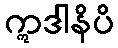
ဣဒါနိပိ